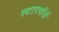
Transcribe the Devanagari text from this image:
स्टारवॉर्स